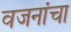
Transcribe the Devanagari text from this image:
वजनांचा